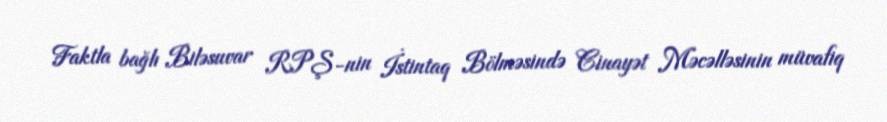
Faktla bağlı Biləsuvar RPŞ-nin İstintaq Bölməsində Cinayət Məcəlləsinin müvafiq